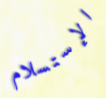
الإستسلام